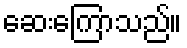
ဆေးကြောသည်။